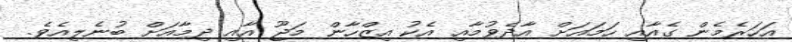
އަހަރެމެން ގެއާއި ހަމައަށް އާދެވުމާއި އެކު އިޒްހާން މަޖޫ އާއި ދިމާއަށް ބުނެލިއެވެ.